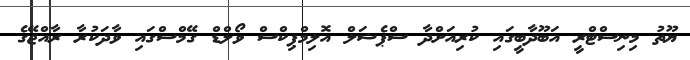
ޔޫތު މިނިސްޓްރީ އަބޫދާބީގައި ކުރިއަށްދާ ސްޕެޝަލް އޮލިމްޕިކްސް ވޯލްޑް ގޭމްސްގައި ވާދަކުރާ ރާއްޖޭގެ